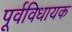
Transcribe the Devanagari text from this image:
पूर्वविधायक